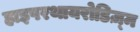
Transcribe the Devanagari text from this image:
हाइपरथायरोडिज़्म